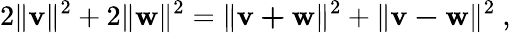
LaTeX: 2\| \mathbf{v}\| ^{2}+2\| \mathbf{w}\| ^{2}=\| \mathbf{v+w}\| ^{2}+\| \mathbf{v-w}\| ^{2}\ ,